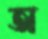
অ